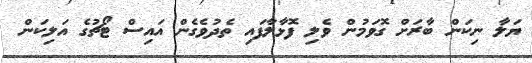
ޔަލާ ނިކަން ބާރަށް ގޮވަމުން ވެލި ފޮޅާލާފައި ތެދުވެގެން އައިސް ޓޯޗުގެ އަލިކަން